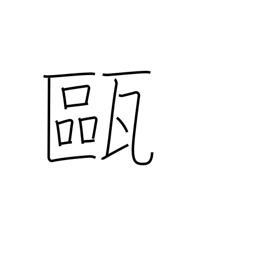
Meaning: small jar